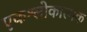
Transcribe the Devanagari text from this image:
एकश्लोकात्मक